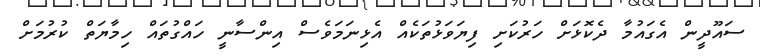
ސައޫދީން އެގައުމާ ދެކޮޅަށް ހަރުކަށި ފިޔަވަޅުތަކެއް އެޅިނަމަވެސް އިންސާނީ ހައްގުތައް ހިމާޔަތް ކުރުމަށް